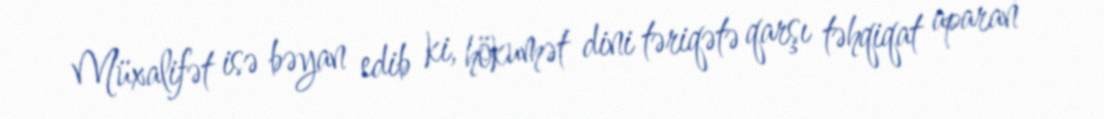
Müxalifət isə bəyan edib ki, hökumət dini təriqətə qarşı təhqiqat aparan